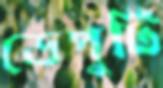
ডেপুটি